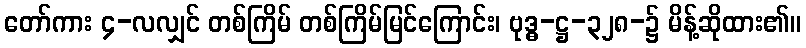
တော်ကား ၄-လလျှင် တစ်ကြိမ် တစ်ကြိမ်မြင်ကြောင်း၊ ဗုဒ္ဓ-ဋ္ဌ-၃၂၈-၌ မိန့်ဆိုထား၏။